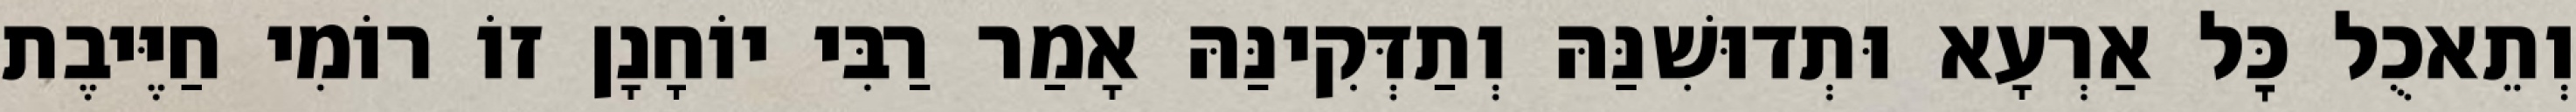
וְתֵאכֻל כׇּל אַרְעָא וּתְדוּשִׁנַּהּ וְתַדְּקִינַּהּ אָמַר רַבִּי יוֹחָנָן זוֹ רוֹמִי חַיֶּיבֶת